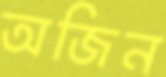
অজিন